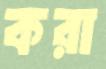
করা